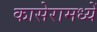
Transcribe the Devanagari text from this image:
कासेरामध्यें